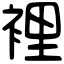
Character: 裡